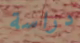
دراسة